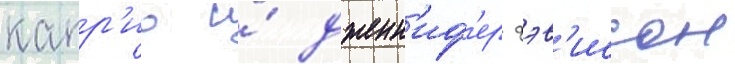
капр'ио и́ дженн'иф'ер дэв'иссон